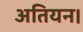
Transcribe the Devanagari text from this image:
अतियन।